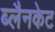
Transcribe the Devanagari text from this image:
ब्लैनकेट